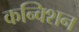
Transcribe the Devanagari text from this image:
कन्क्शिन